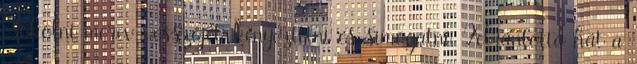
csókolni merev vesszőjét, kényeztetni és simogatni. Felrántotta hát a